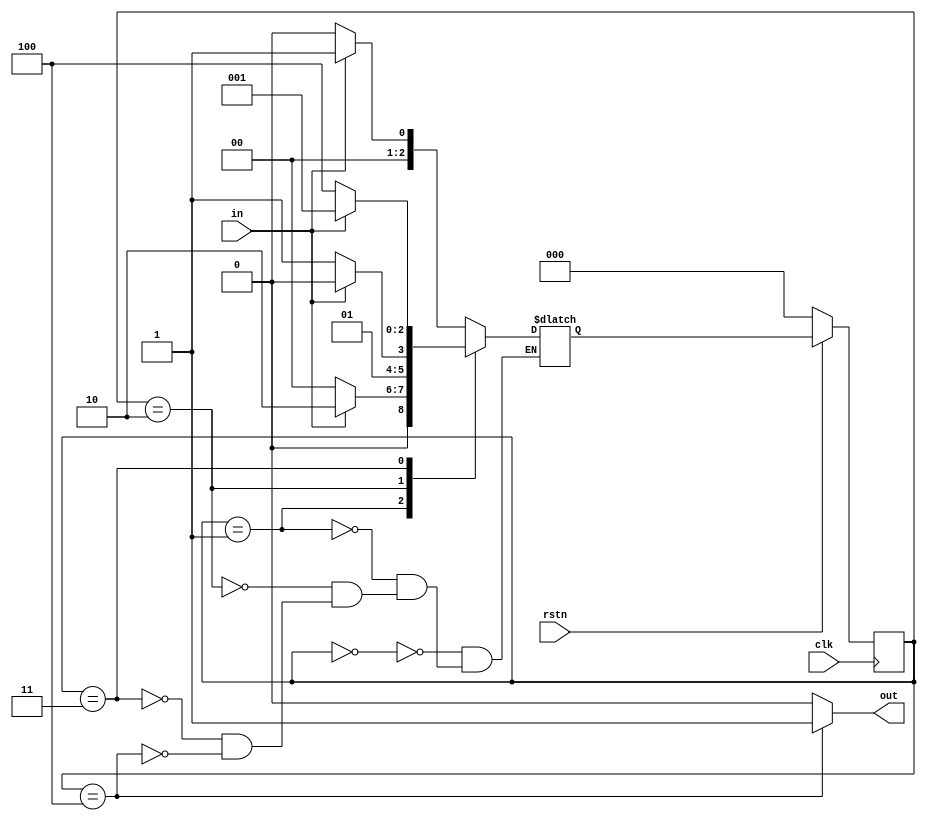
module fsm( input clk,
            input rstn,
            input in,
            output reg out);

    parameter   IDLE    =0,
                S1      =1,
                S11     =2,
                S110    =3,
                S1100   =4;
    
    reg[2:0] cur_state, next_state;

    

    always@(cur_state)begin
        if (cur_state==S1100)
        out=1;
        else
        out=0;
    end
    
    always @(posedge clk) begin
        if (!rstn)
            cur_state=IDLE;
        else
            cur_state<=next_state;
    end

    always@ (cur_state or in ) begin
        case(cur_state)
                IDLE: begin
                    if (in) next_state=S1;
                    else next_state=IDLE;
                end
                S1: begin
                    if (in) next_state=S11;
                    else next_state=IDLE;
                end
                S11: begin
                    if (in) next_state=S11;
                    else next_state=S110;
                end
                S110: begin
                    if (in) next_state=S1;
                    else next_state=S1100;
                end
                S1100: begin
                    if (in) next_state=S1;
                    else next_state=IDLE;
                end

        endcase

    end

endmodule